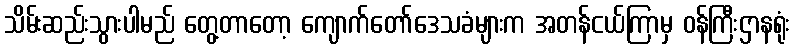
သိမ်းဆည်းသွားပါမည် တွေ့တာတော့ ကျောက်တော်ဒေသခံများက အတန်ငယ်ကြာမှ ဝန်ကြီးဌာနရုံး